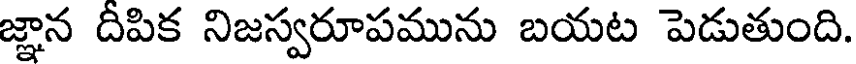
జ్ఞాన దిపిక నిజస్వరూపమును బయట పెడుతుంది.